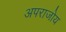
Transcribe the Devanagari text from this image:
अपराजोय